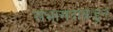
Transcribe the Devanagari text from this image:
सभासदांकडून